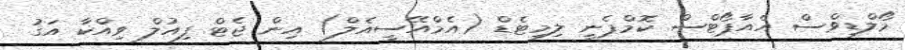
މޯލްޑިވްސް އެއާޕޯޓްސް ކޮމްޕެނީ ލިމިޓެޑް (އެމްއޭސީއެލް) އިން ޖެޓް ފިއުލް ވިއްކާ އަގު